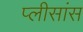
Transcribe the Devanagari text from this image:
प्लीसांस